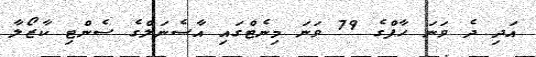
އަދި ދެ ވަނަ ހާފްގެ 79 ވަނަ މިނެޓްގައި އާސެނަލްގެ ސެންޓި ކާޒޯލާ